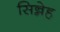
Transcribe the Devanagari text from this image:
सिन्नेह